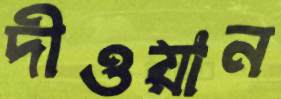
দীওয়ান